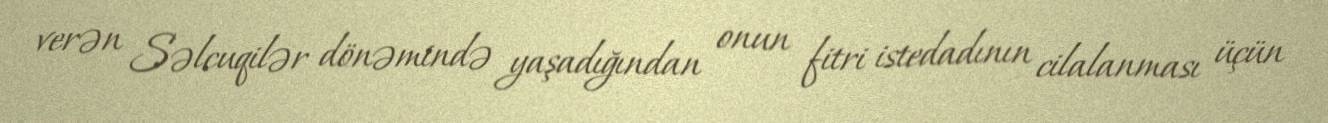
verən Səlcuqilər dönəmində yaşadığından onun fitri istedadının cilalanması üçün